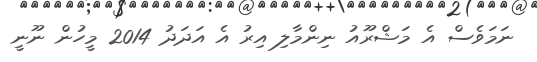
ނަމަވެސް އެ މަޝްރޫއު ނިންމާލި އިރު އެ އަދަދު 2014 މީހުން ނޫނީ